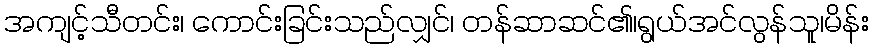
အကျင့်သီတင်း၊ ကောင်းခြင်းသည်လျှင်၊ တန်ဆာဆင်၏၊ရွယ်အင်လွန်သူ၊မိန်း